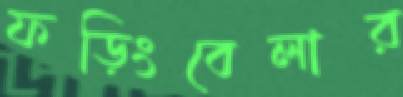
ফড়িংবেলার